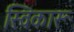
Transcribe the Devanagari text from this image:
स्विकारू